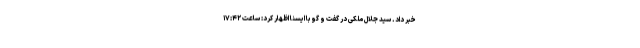
خبر داد. سید جلال ملکی در گفت و گو با ایسنا اظهار کرد: ساعت ١٧:۴٢